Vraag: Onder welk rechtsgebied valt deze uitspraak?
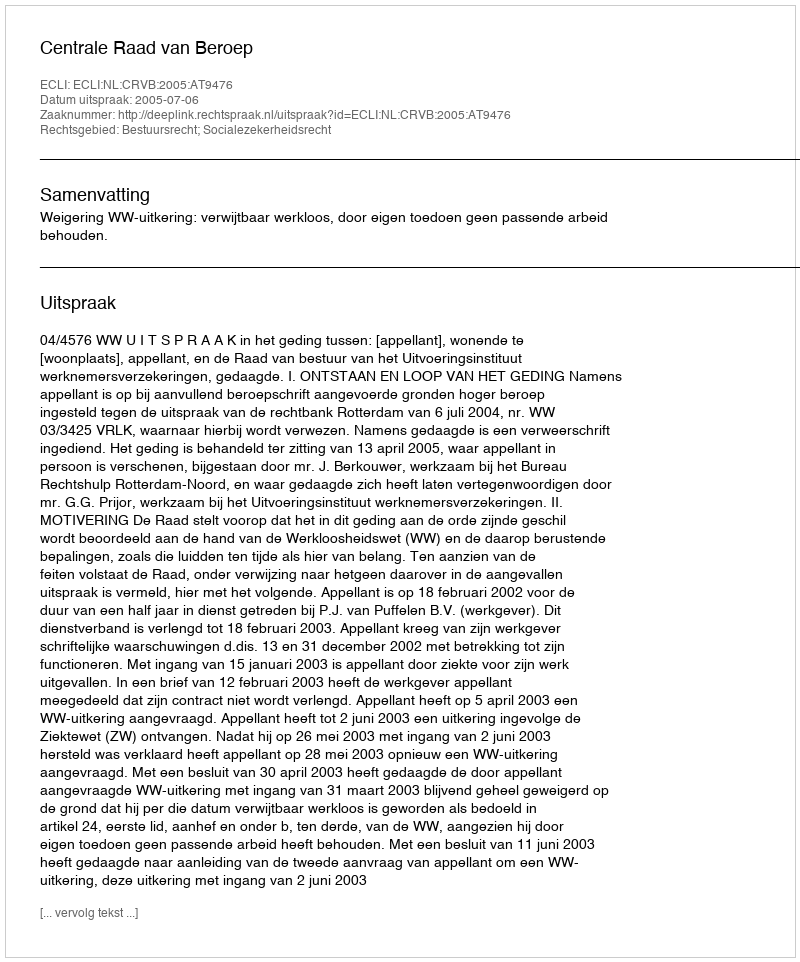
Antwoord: Bestuursrecht; Socialezekerheidsrecht